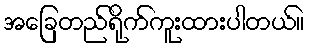
အခြေတည်ရိုက်ကူးထားပါတယ်။